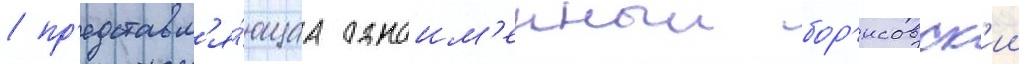
/ пр'едставл'я́ющаа одноим'енныи бор'исовск'ии